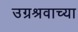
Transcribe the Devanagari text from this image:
उग्रश्रवाच्या